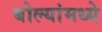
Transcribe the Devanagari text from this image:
बोल्यांमध्ये